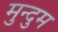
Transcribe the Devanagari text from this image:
मुन्दुम